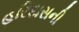
હરિદાસની